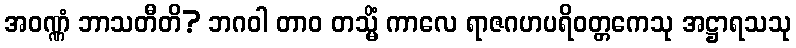
အဝဏ္ဏံ ဘာသတီတိ? ဘဂဝါ တာဝ တသ္မိံ ကာလေ ရာဇဂဟပရိဝတ္တကေသု အဋ္ဌာရသသု